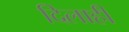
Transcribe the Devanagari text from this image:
दिलाही